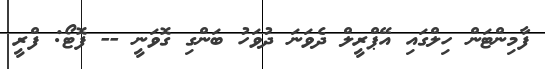
ފާމިންޓަން ހިލްގައި އޭޕްރީލް ދެވަނަ ދުވަހު ބަންގި ގޮވަނީ -- ފޮޓޯ: ފްރީ